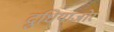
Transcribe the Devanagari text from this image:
दुधियाजोर